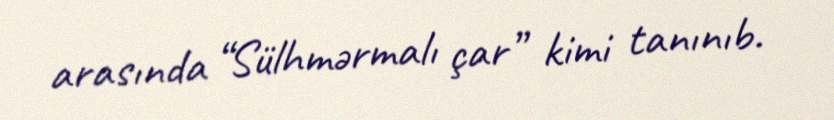
arasında “Sülhmərmalı çar” kimi tanınıb.